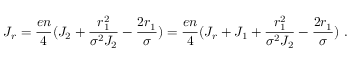
J _ { r } = { \frac { e n } { 4 } } ( J _ { 2 } + { \frac { r _ { 1 } ^ { 2 } } { \sigma ^ { 2 } J _ { 2 } } } - { \frac { 2 r _ { 1 } } { \sigma } } ) = { \frac { e n } { 4 } } ( J _ { r } + J _ { 1 } + { \frac { r _ { 1 } ^ { 2 } } { \sigma ^ { 2 } J _ { 2 } } } - { \frac { 2 r _ { 1 } } { \sigma } } ) ~ .